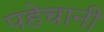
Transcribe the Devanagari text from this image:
पहेचानी